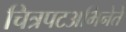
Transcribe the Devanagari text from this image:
चित्रपटअभिनेते